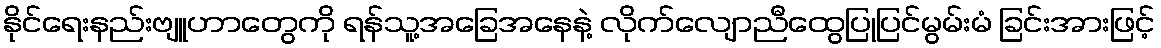
နိုင်ရေးနည်းဗျူဟာတွေကို ရန်သူ့အခြေအနေနဲ့ လိုက်လျောညီထွေပြုပြင်မွမ်းမံ ခြင်းအားဖြင့်